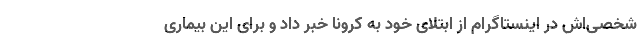
شخصی‌اش در اینستاگرام از ابتلای خود به کرونا خبر داد و برای این بیماری